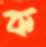
ক